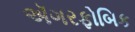
ઍગરફોબિક